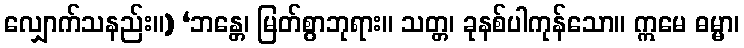
လျှောက်သနည်း။) ‘ဘန္တေ၊ မြတ်စွာဘုရား။ သတ္တ၊ ခုနစ်ပါကုန်သော။ ဣမေ ဓမ္မာ၊